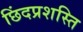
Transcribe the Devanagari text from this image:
छिंदप्रशस्ति